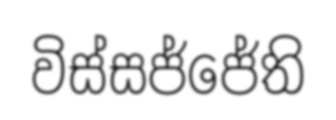
විස්සජ්ජේති